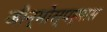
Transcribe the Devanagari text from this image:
जीन्मोस्पर्मास